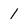
Character: 1